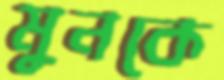
মুনকে